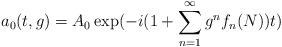
LaTeX: \begin{align*}a_{0}(t,g)=A_{0}\exp(-i(1+\sum _{n=1}^{\infty }g^{n}f_{n}(N))t)\end{align*}